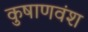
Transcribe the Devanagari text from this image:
कुषाणवंश